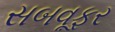
સબવૂફર